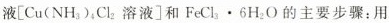
液[Cu(NH_{3} )，Cl_{2} 溶液]和FeCl_{3} ·6H_{2}O的主要步骤：用